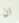
ان